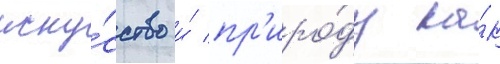
иску́сство и́ пр'иро́ду ка́к